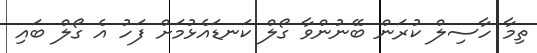
ތިމާ ހާސިލް ކުރަން ބޭނުންވާ ގޯލް ކަނޑައެޅުމަށް ފަހު އެ ގޯލް ބައި